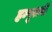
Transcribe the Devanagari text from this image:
हम्पूराबी